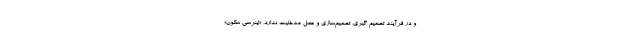
و در فرآیند تصمیم گیری، تصمیم‌سازی و عمل مدخلیت ندارد، «اینِرسی سکون»